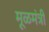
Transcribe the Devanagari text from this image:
मूळमंत्री